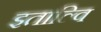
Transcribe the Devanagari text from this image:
इताल्वि